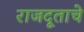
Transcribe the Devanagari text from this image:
राजदूताचे